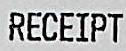
RECEIPT